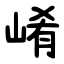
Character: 崤